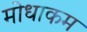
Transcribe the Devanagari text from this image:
मोधाकम